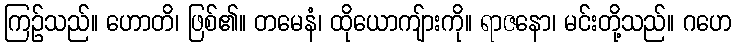
ကြဉ်သည်။ ဟောတိ၊ ဖြစ်၏။ တမေနံ၊ ထိုယောကျ်ားကို။ ရာဇနော၊ မင်းတို့သည်။ ဂဟေ